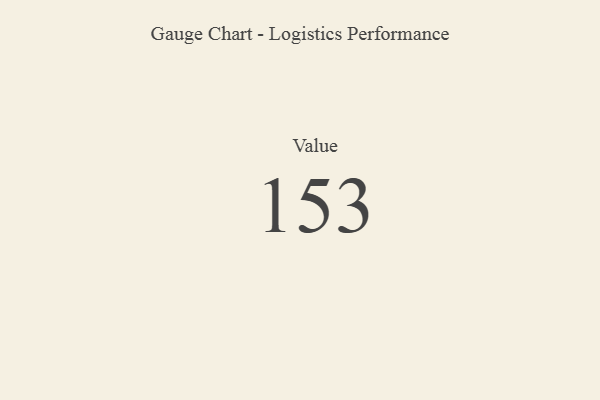
{"axis": {"x": "Metric", "y": "Value"}, "legend": [""], "data": [{"x": "Value", "y": 153, "type": ""}]}